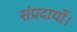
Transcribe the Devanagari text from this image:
संप्रदायों।